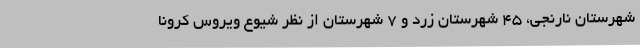
شهرستان نارنجی، ۴۵ شهرستان زرد و ۷ شهرستان از نظر شیوع ویروس کرونا